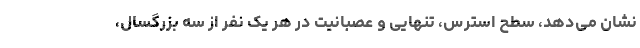
نشان می‌دهد، سطح استرس، تنهایی و عصبانیت در هر یک نفر از سه بزرگسال،